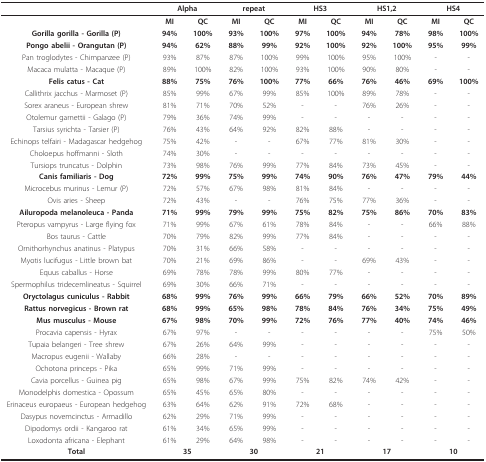
<table><thead><tr><td></td><td colspan="2"><b>Alpha</b></td><td colspan="2"><b>repeat</b></td><td colspan="2"><b>HS3</b></td><td colspan="2"><b>HS1,2</b></td><td colspan="2"><b>HS4</b></td></tr></thead><tbody><tr><td></td><td><b>MI</b></td><td><b>QC</b></td><td><b>MI</b></td><td><b>QC</b></td><td><b>MI</b></td><td><b>QC</b></td><td><b>MI</b></td><td><b>QC</b></td><td><b>MI</b></td><td><b>QC</b></td></tr><tr><td><b>Gorilla gorilla - Gorilla (P)</b></td><td><b>94%</b></td><td><b>100%</b></td><td><b>93%</b></td><td><b>100%</b></td><td><b>97%</b></td><td><b>100%</b></td><td><b>94%</b></td><td><b>78%</b></td><td><b>98%</b></td><td><b>100%</b></td></tr><tr><td><b>Pongo abelii - Orangutan (P)</b></td><td><b>94%</b></td><td><b>62%</b></td><td><b>88%</b></td><td><b>99%</b></td><td><b>92%</b></td><td><b>100%</b></td><td><b>92%</b></td><td><b>100%</b></td><td><b>95%</b></td><td><b>99%</b></td></tr><tr><td>Pan troglodytes - Chimpanzee (P)</td><td>93%</td><td>87%</td><td>87%</td><td>100%</td><td>99%</td><td>100%</td><td>95%</td><td>100%</td><td>-</td><td>-</td></tr><tr><td>Macaca mulatta - Macaque (P)</td><td>89%</td><td>100%</td><td>82%</td><td>100%</td><td>93%</td><td>100%</td><td>90%</td><td>80%</td><td>-</td><td>-</td></tr><tr><td><b>Felis catus - Cat</b></td><td><b>88%</b></td><td><b>75%</b></td><td><b>76%</b></td><td><b>100%</b></td><td><b>77%</b></td><td><b>66%</b></td><td><b>76%</b></td><td><b>46%</b></td><td><b>69%</b></td><td><b>100%</b></td></tr><tr><td>Callithrix jacchus - Marmoset (P)</td><td>85%</td><td>99%</td><td>67%</td><td>99%</td><td>85%</td><td>100%</td><td>89%</td><td>78%</td><td>-</td><td>-</td></tr><tr><td>Sorex araneus - European shrew</td><td>81%</td><td>71%</td><td>70%</td><td>52%</td><td>-</td><td>-</td><td>76%</td><td>26%</td><td>-</td><td>-</td></tr><tr><td>Otolemur garnettii - Galago (P)</td><td>79%</td><td>36%</td><td>74%</td><td>99%</td><td>-</td><td>-</td><td>-</td><td>-</td><td>-</td><td>-</td></tr><tr><td>Tarsius syrichta - Tarsier (P)</td><td>76%</td><td>43%</td><td>64%</td><td>92%</td><td>82%</td><td>88%</td><td>-</td><td>-</td><td>-</td><td>-</td></tr><tr><td>Echinops telfairi - Madagascar hedgehog</td><td>75%</td><td>42%</td><td>-</td><td>-</td><td>67%</td><td>77%</td><td>81%</td><td>30%</td><td>-</td><td>-</td></tr><tr><td>Choloepus hoffmanni - Sloth</td><td>74%</td><td>30%</td><td>-</td><td>-</td><td>-</td><td>-</td><td>-</td><td>-</td><td>-</td><td>-</td></tr><tr><td>Tursiops truncatus - Dolphin</td><td>73%</td><td>98%</td><td>76%</td><td>99%</td><td>77%</td><td>84%</td><td>73%</td><td>45%</td><td>-</td><td>-</td></tr><tr><td><b>Canis familiaris - Dog</b></td><td><b>72%</b></td><td><b>99%</b></td><td><b>75%</b></td><td><b>99%</b></td><td><b>74%</b></td><td><b>90%</b></td><td><b>76%</b></td><td><b>47%</b></td><td><b>79%</b></td><td><b>44%</b></td></tr><tr><td>Microcebus murinus - Lemur (P)</td><td>72%</td><td>57%</td><td>67%</td><td>98%</td><td>81%</td><td>84%</td><td>-</td><td>-</td><td>-</td><td>-</td></tr><tr><td>Ovis aries - Sheep</td><td>72%</td><td>43%</td><td>-</td><td>-</td><td>76%</td><td>75%</td><td>77%</td><td>36%</td><td>-</td><td>-</td></tr><tr><td><b>Ailuropoda melanoleuca - Panda</b></td><td><b>71%</b></td><td><b>99%</b></td><td><b>79%</b></td><td><b>99%</b></td><td><b>75%</b></td><td><b>82%</b></td><td><b>75%</b></td><td><b>86%</b></td><td><b>70%</b></td><td><b>83%</b></td></tr><tr><td>Pteropus vampyrus - Large flying fox</td><td>71%</td><td>99%</td><td>67%</td><td>61%</td><td>78%</td><td>84%</td><td>-</td><td>-</td><td>66%</td><td>88%</td></tr><tr><td>Bos taurus - Cattle</td><td>70%</td><td>79%</td><td>82%</td><td>99%</td><td>77%</td><td>84%</td><td>-</td><td>-</td><td>-</td><td>-</td></tr><tr><td>Ornithorhynchus anatinus - Platypus</td><td>70%</td><td>31%</td><td>66%</td><td>58%</td><td>-</td><td>-</td><td>-</td><td>-</td><td>-</td><td>-</td></tr><tr><td>Myotis lucifugus - Little brown bat</td><td>70%</td><td>21%</td><td>69%</td><td>86%</td><td>-</td><td>-</td><td>69%</td><td>43%</td><td>-</td><td>-</td></tr><tr><td>Equus caballus - Horse</td><td>69%</td><td>78%</td><td>78%</td><td>99%</td><td>80%</td><td>77%</td><td>-</td><td>-</td><td>-</td><td>-</td></tr><tr><td>Spermophilus tridecemlineatus - Squirrel</td><td>69%</td><td>30%</td><td>66%</td><td>71%</td><td>-</td><td>-</td><td>-</td><td>-</td><td>-</td><td>-</td></tr><tr><td><b>Oryctolagus cuniculus - Rabbit</b></td><td><b>68%</b></td><td><b>99%</b></td><td><b>76%</b></td><td><b>99%</b></td><td><b>66%</b></td><td><b>79%</b></td><td><b>66%</b></td><td><b>52%</b></td><td><b>70%</b></td><td><b>89%</b></td></tr><tr><td><b>Rattus norvegicus - Brown rat</b></td><td><b>68%</b></td><td><b>99%</b></td><td><b>65%</b></td><td><b>98%</b></td><td><b>78%</b></td><td><b>84%</b></td><td><b>76%</b></td><td><b>34%</b></td><td><b>75%</b></td><td><b>49%</b></td></tr><tr><td><b>Mus musculus - Mouse</b></td><td><b>67%</b></td><td><b>98%</b></td><td><b>70%</b></td><td><b>99%</b></td><td><b>72%</b></td><td><b>76%</b></td><td><b>77%</b></td><td><b>40%</b></td><td><b>74%</b></td><td><b>46%</b></td></tr><tr><td>Procavia capensis - Hyrax</td><td>67%</td><td>97%</td><td>-</td><td>-</td><td>-</td><td>-</td><td>-</td><td>-</td><td>75%</td><td>50%</td></tr><tr><td>Tupaia belangeri - Tree shrew</td><td>67%</td><td>26%</td><td>64%</td><td>99%</td><td>-</td><td>-</td><td>-</td><td>-</td><td>-</td><td>-</td></tr><tr><td>Macropus eugenii - Wallaby</td><td>66%</td><td>28%</td><td>-</td><td>-</td><td>-</td><td>-</td><td>-</td><td>-</td><td>-</td><td>-</td></tr><tr><td>Ochotona princeps - Pika</td><td>65%</td><td>99%</td><td>71%</td><td>99%</td><td>-</td><td>-</td><td>-</td><td>-</td><td>-</td><td>-</td></tr><tr><td>Cavia porcellus - Guinea pig</td><td>65%</td><td>98%</td><td>67%</td><td>99%</td><td>75%</td><td>82%</td><td>74%</td><td>42%</td><td>-</td><td>-</td></tr><tr><td>Monodelphis domestica - Opossum</td><td>65%</td><td>45%</td><td>65%</td><td>80%</td><td>-</td><td>-</td><td>-</td><td>-</td><td>-</td><td>-</td></tr><tr><td>Erinaceus europaeus - European hedgehog</td><td>63%</td><td>64%</td><td>62%</td><td>91%</td><td>72%</td><td>68%</td><td>-</td><td>-</td><td>-</td><td>-</td></tr><tr><td>Dasypus novemcinctus - Armadillo</td><td>62%</td><td>29%</td><td>71%</td><td>99%</td><td>-</td><td>-</td><td>-</td><td>-</td><td>-</td><td>-</td></tr><tr><td>Dipodomys ordii - Kangaroo rat</td><td>61%</td><td>34%</td><td>65%</td><td>99%</td><td>-</td><td>-</td><td>-</td><td>-</td><td>-</td><td>-</td></tr><tr><td>Loxodonta africana - Elephant</td><td>61%</td><td>29%</td><td>64%</td><td>98%</td><td>-</td><td>-</td><td>-</td><td>-</td><td>-</td><td>-</td></tr><tr><td><b>Total</b></td><td colspan="2"><b>35</b></td><td colspan="2"><b>30</b></td><td colspan="2"><b>21</b></td><td colspan="2"><b>17</b></td><td colspan="2"><b>10</b></td></tr></tbody></table>